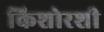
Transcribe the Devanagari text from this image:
किशोरशी